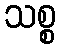
သစ္စ